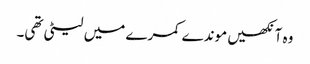
وہ آنکھیں موندے کمرے میں لیٹی تھی۔